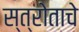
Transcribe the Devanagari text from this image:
स्त्रोताचे